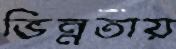
ভিন্নতায়